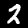
Label: 2